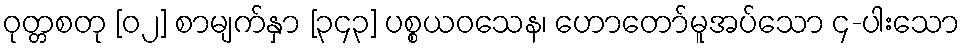
ဝုတ္တစတု [၀၂] စာမျက်နှာ [၃၄၃] ပစ္စယဝသေန၊ ဟောတော်မူအပ်သော ၄-ပါးသော